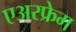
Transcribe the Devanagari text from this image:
एअरफ्रेम